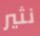
نثير